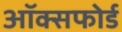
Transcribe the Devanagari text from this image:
अॉक्सफोर्ड